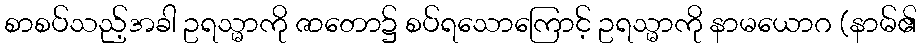
စာစပ်သည့်အခါ ဥရသ္မာကို ဇာတော၌ စပ်ရသောကြောင့် ဥရသ္မာကို နာမယောဂ (နာမ်၏